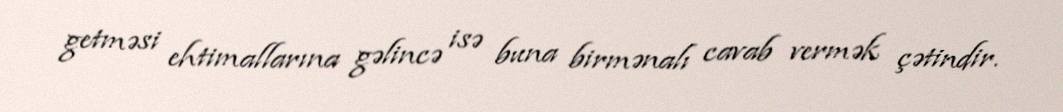
getməsi ehtimallarına gəlincə isə buna birmənalı cavab vermək çətindir.